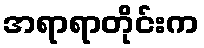
အရာရာတိုင်းက